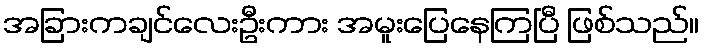
အခြားကချင်လေးဦးကား အမူးပြေနေကြပြီ ဖြစ်သည်။